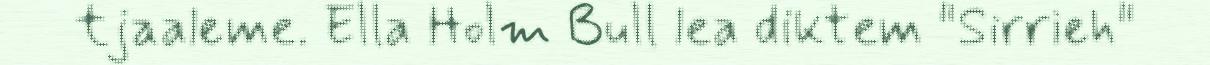
tjaaleme. Ella Holm Bull lea diktem "Sirrieh"